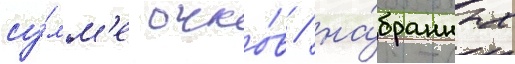
су́мм'е очко́в / на́бранных